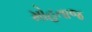
મોહતાજ